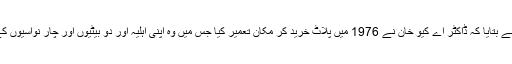
ڈاکٹر سعید الٰہی نے بتایا کہ ڈاکٹر اے کیو خان نے 1976 میں پلاٹ خرید کر مکان تعمیر کیا جس میں وہ اپنی اہلیہ اور دو بیٹیوں اور چار نواسیوں کے ہمراہ مقیم ہیں۔